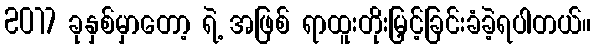
2017 ခုနှစ်မှာတော့ ရဲ့ အဖြစ် ရာထူးတိုးမြှင့်ခြင်းခံခဲ့ရပါတယ်။